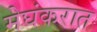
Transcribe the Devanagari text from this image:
मेघंकरात